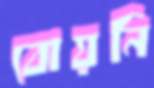
বোয়নি